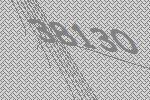
38130